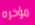
مؤخره